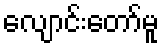
လျောင်းတော်မူ